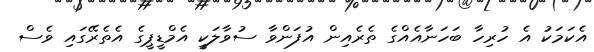
އެކަމަކު އެ ހުރިހާ ބަހަނާއެއްގެ ތެރެއިން އުފަންވާ ސުވާލަކީ އެމްޑީޕީގެ އެތެރޭގައި ވެސް